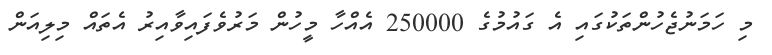
މި ހަމަނުޖެހުންތަކުގައި އެ ގައުމުގެ 250000 އެއްހާ މީހުން މަރުވެފައިވާއިރު އެތައް މިލިއަން